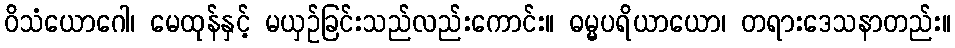
ဝိသံယောဂေါ၊ မေထုန်နှင့် မယှဉ်ခြင်းသည်လည်းကောင်း။ ဓမ္မပရိယာယော၊ တရားဒေသနာတည်း။